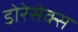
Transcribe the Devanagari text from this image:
डोरेसेक्स